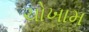
ચોખામ